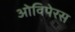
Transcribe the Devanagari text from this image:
ओविपेरस